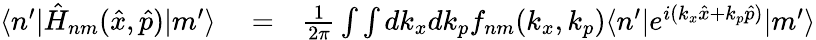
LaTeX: \begin{array}{rlr}{\langle n^{\prime}|\hat{H}_{nm}(\hat{x},\hat{p})|m^{\prime}\rangle}&{{}=}&{\frac{1}{2\pi}\int\int dk_{x}dk_{p}f_{nm}(k_{x},k_{p})\langle n^{\prime}|e^{i(k_{x}\hat{x}+k_{p}\hat{p})}|m^{\prime}\rangle}\end{array}